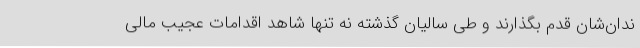
ندان‌شان قدم بگذارند و طی سالیان گذشته نه تنها شاهد اقدامات عجیب مالی